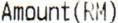
AMOUNT(RM)